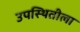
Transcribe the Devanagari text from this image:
उपस्थितीला